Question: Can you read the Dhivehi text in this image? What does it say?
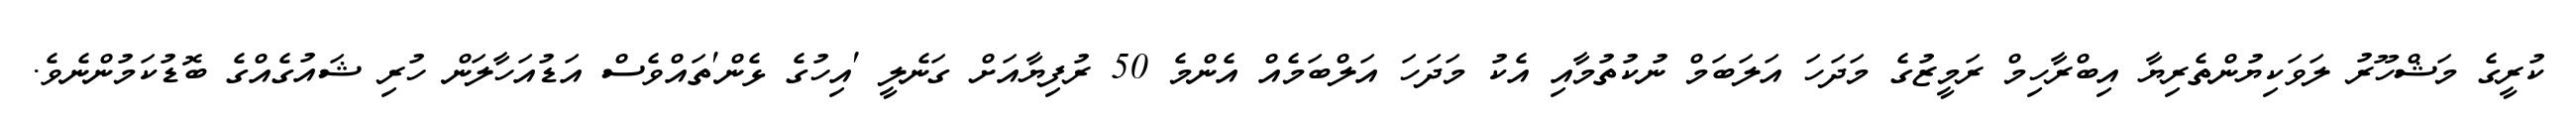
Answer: ކުރީގެ މަޝްހޫރު ލަވަކިޔުންތެރިޔާ އިބްރާހިމް ރަމީޒުގެ މަދަހަ އަލަބަމް ނުކުތުމާއި އެކު މަދަހަ އަލްބަމެއް އެންމެ 50 ރުފިޔާއަށް ގަނެލީ 'އިހުގެ ޅެން'ތައްވެސް އަޑުއަހާލަން ހުރި ޝައުގެއްގެ ބޮޑުކަމުންނެވެ.